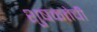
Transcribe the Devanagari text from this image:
शुषकतेची